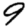
Digit: 9